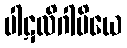
ပါဋလိဂါမိယေ